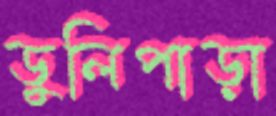
ডুলিপাড়া